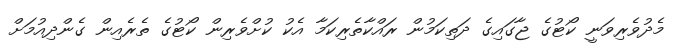
މެދުވެރިވަނީ ކޯޓުގެ ޖާގައިގެ ދަތިކަމުން ރައްކާތެރިކަމާ އެކު ކުށްވެރިން ކޯޓުގެ ތެރެއިން ގެންދިއުމަށް